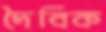
দৈবিক